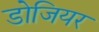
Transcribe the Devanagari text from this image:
डोजियर